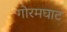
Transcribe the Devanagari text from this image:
गोरमघाट